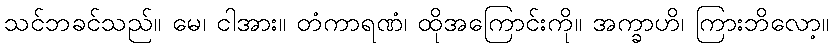
သင်ဘခင်သည်။ မေ၊ ငါအား။ တံကာရဏံ၊ ထိုအကြောင်းကို။ အက္ခာဟိ၊ ကြားဘိလော့။